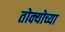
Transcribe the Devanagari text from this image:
तोक्योच्या